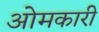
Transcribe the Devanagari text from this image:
ओमकारी